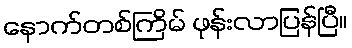
နောက်တစ်ကြိမ် ဖုန်းလာပြန်ပြီ။